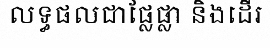
លទ្ធផលជាផ្លែផ្លា និងដើរ